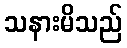
သနားမိသည်